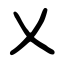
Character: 乂